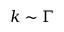
k \sim \Gamma